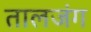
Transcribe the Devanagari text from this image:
तालजंग